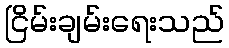
ငြိမ်းချမ်းရေးသည်